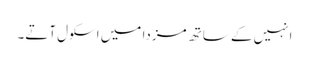
انہیں کے ساتھ مزدا میں اسکول آتے۔